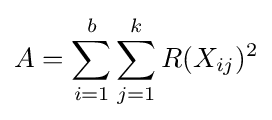
A=\sum _{i=1}^{b}\sum _{j=1}^{k}R(X_{ij})^{2}